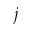
j